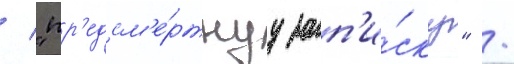
/ "пр'едсм'е́ртнуу зап'и́ску" /